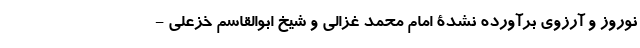
نوروز و آرزوی برآورده نشدۀ امام محمد غزالی و شیخ ابوالقاسم خزعلی -